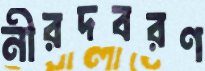
নীরদবরণ